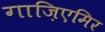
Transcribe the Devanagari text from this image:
गाज़िएमिर